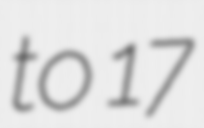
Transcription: to 17